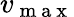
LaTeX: v_{\mathrm{~m~a~x~}}